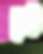
ঢেউ